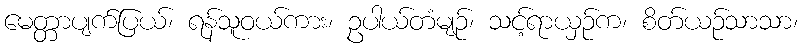
မေတ္တာပျက်ပြယ်၊ ရန်သူဝယ်ကား၊ ဥပါယ်တံမျဉ်၊ သင့်ရာယှဉ်က၊ စိတ်ယဉ်သာသာ၊